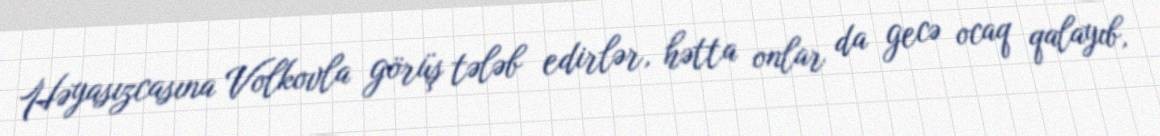
Həyasızcasına Volkovla görüş tələb edirlər, hətta onlar da gecə ocaq qalayıb,